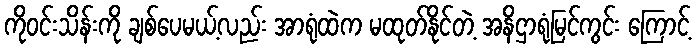
ကိုဝင်းသိန်းကို ချစ်ပေမယ့်လည်း အာရုံထဲက မထုတ်နိုင်တဲ့ အနိဌာရုံမြင်ကွင်း ကြောင့်